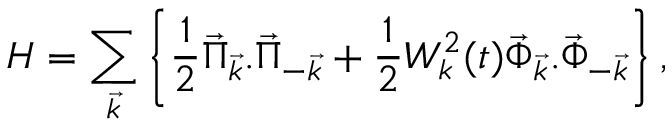
H = \sum _ { \vec { k } } \left\{ { \frac { 1 } { 2 } } \vec { \Pi } _ { \vec { k } } . \vec { \Pi } _ { - \vec { k } } + { \frac { 1 } { 2 } } W _ { k } ^ { 2 } ( t ) \vec { \Phi } _ { \vec { k } } . \vec { \Phi } _ { - \vec { k } } \right\} ,